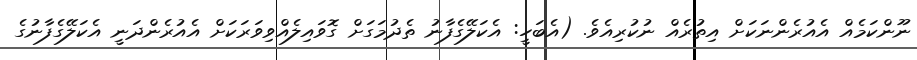
ނޫންކަމެއް އެއުރެެންނަކަށް އިތުރެއް ނުކުރިއެވެ. (އެބަހީ: އެކަލޭގެފާނު ތެދުމަގަށް ގޮވައިލެއްވިވަރަކަށް އެއުރެންދަނީ އެކަލޭގެފާނުގެ